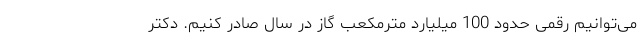
می‌توانیم رقمی حدود 100 میلیارد مترمکعب گاز در سال صادر کنیم. دکتر